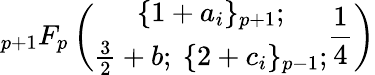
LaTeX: {}_{p+1}F_{p}\left(\begin{array}{c}{{\{ 1+a_{i}\} _{p+1};}}\\ {{\frac{3}{2}+b;~\{ 2+c_{i}\} _{p-1};}}\end{array}\frac{1}{4}\right)